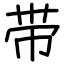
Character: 带